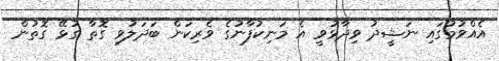
އެއްވުމުގައި ނަޝީދު ވިދާޅުވީ އެ މަނިކުފާނުގެ ވެރިކަން ބަދަލުވި ގޮތާ ގުޅޭ ގޮތުން